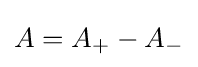
A=A_{+}-A_{-}